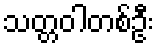
သတ္တဝါတစ်ဦး